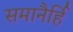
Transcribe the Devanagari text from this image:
समानैर्हि